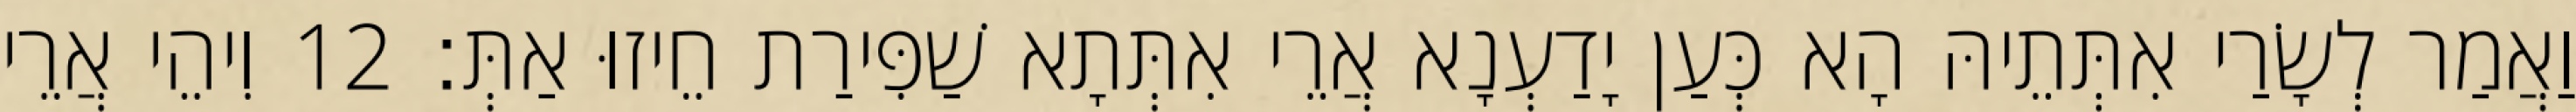
וַאֲמַר לְשָׂרַי אִתְּתֵיהּ הָא כְּעַן יָדַעְנָא אֲרֵי אִתְּתָא שַׁפִּירַת חֵיזוּ אַתְּ׃ 12 וִיהֵי אֲרֵי